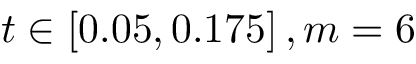
t \in \left[ 0 . 0 5 , 0 . 1 7 5 \right] , m = 6